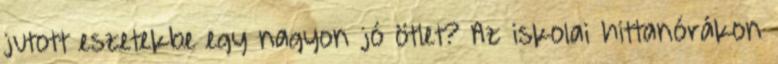
jutott eszetekbe egy nagyon jó ötlet? Az iskolai hittanórákon